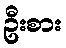
ဦးစား